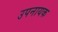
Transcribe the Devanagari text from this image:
उपनायक